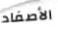
الأصفاد